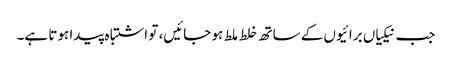
جب نیکیاں برائیوں کے ساتھ خلط ملط ہو جائیں، تو اشتباہ پیدا ہوتا ہے۔